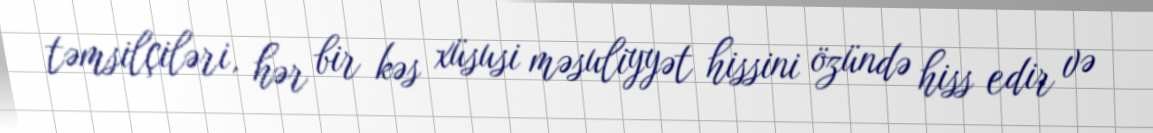
təmsilçiləri, hər bir kəs xüsusi məsuliyyət hissini özündə hiss edir və